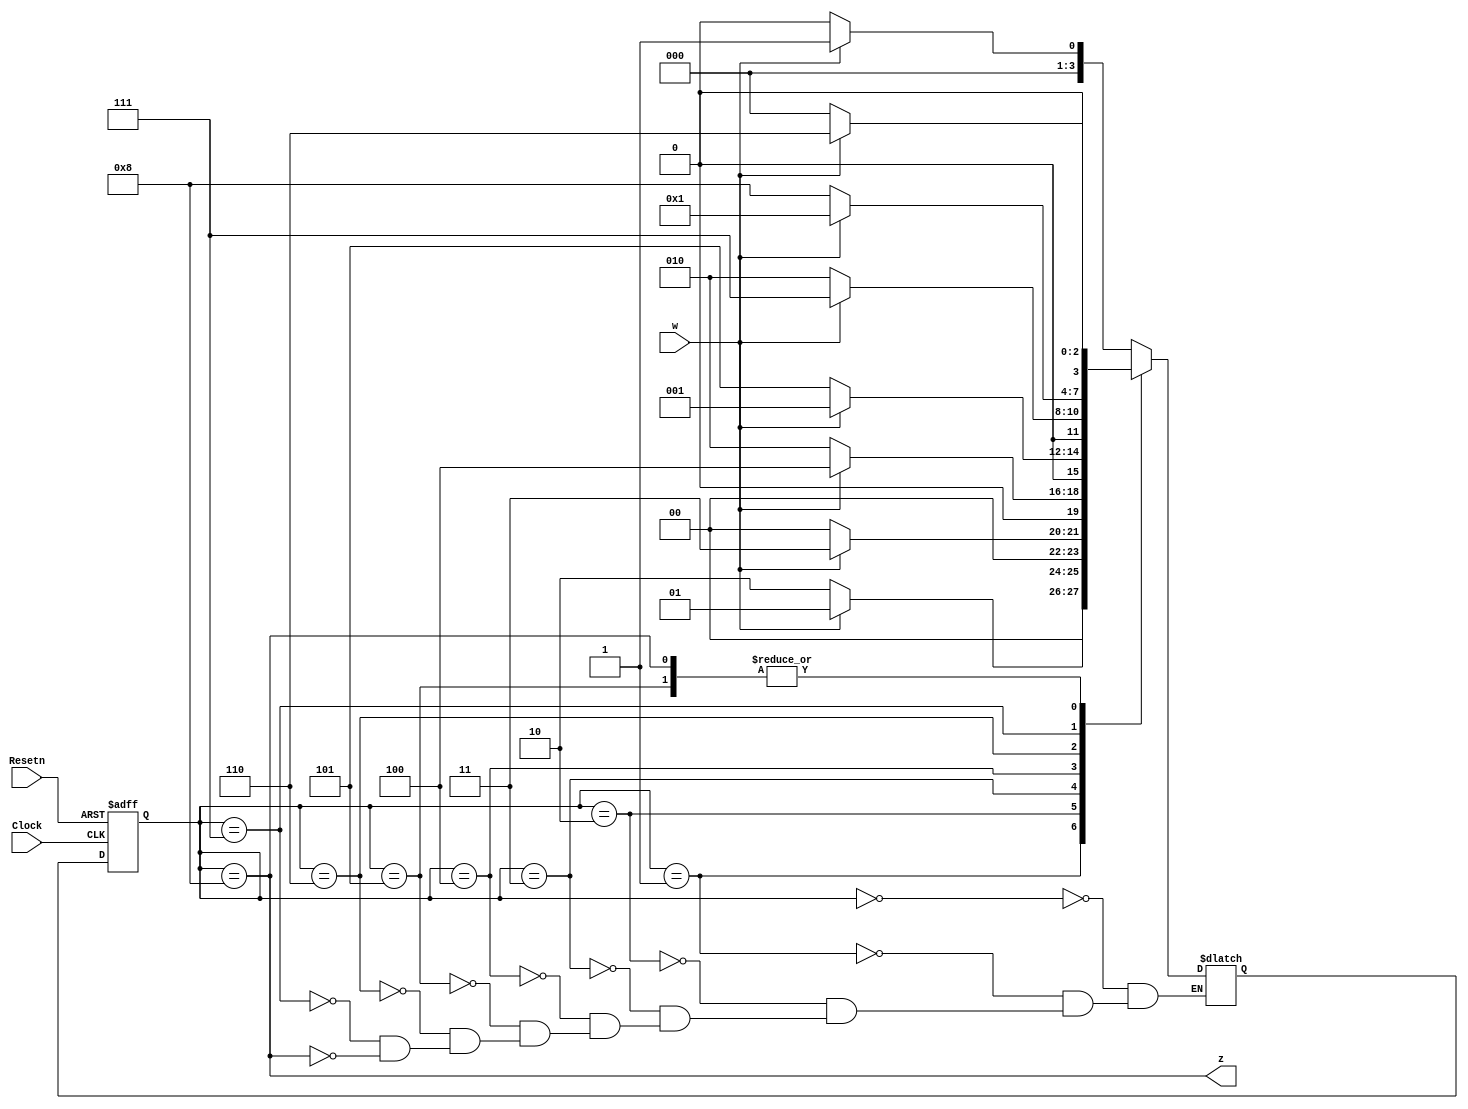
`timescale 1ns/1ns
module sequencedet (Clock , w , Resetn , z);
    input Clock , w , Resetn ;
    output  z;

    parameter A = 4'b0000 , B = 4'b0001 , C = 4'b0010 , D = 4'b0011 , E = 4'b0100 , F = 4'b0101 , G = 4'b0110 , H = 4'b0111 , I = 4'b1000;
    reg[3:0] Cs = A ;
    reg[3:0] Ns ;

    always @(Cs , w) begin
        case (Cs)
            A: if(w==0) Ns = A;
            else Ns = B;
            B: if(w==0) Ns = C;
            else Ns = B;
            C: if(w==0) Ns = A;
            else Ns = D;
            D: if(w==0) Ns = C;
            else Ns = E;
            E: if(w==0) Ns = F;
            else Ns = B;
            F: if(w==0) Ns = A;
            else Ns = G;
            G: if(w==0) Ns = C;
            else Ns = H;
            H: if(w==0) Ns = I;
            else Ns = B;
            I: if(w==0) Ns = A;
            else Ns = G;
        endcase
        
    end 
    always @(posedge Clock , negedge Resetn) begin
        if(Resetn == 0) Cs <= A;
        else Cs <= Ns;
    end
    assign z = (Cs==I);
endmodule